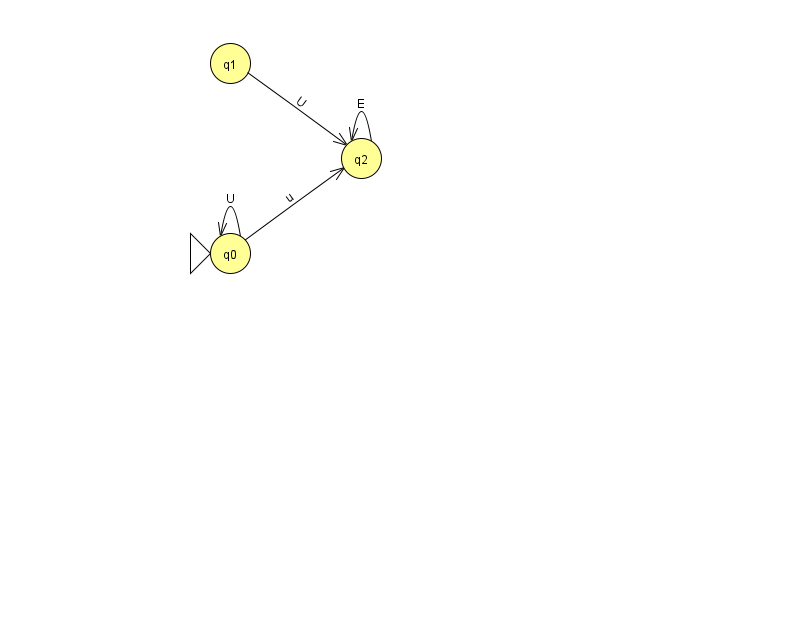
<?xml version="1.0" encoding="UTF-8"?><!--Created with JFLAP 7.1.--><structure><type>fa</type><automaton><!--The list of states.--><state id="0" name="q0"><x>230.0</x><y>240.0</y><initial/></state><state id="1" name="q1"><x>230.0</x><y>50.0</y></state><state id="2" name="q2"><x>361.0</x><y>145.0</y></state><!--The list of transitions.--><transition><from>0</from><to>0</to><read>U</read></transition><transition><from>2</from><to>2</to><read>E</read></transition><transition><from>1</from><to>2</to><read>U</read></transition><transition><from>0</from><to>2</to><read>u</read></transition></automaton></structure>